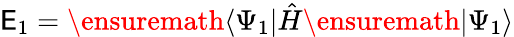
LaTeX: \mathsf{E}_{1}=\ensuremath{{\langle\Psi_{1}\vert}}\hat{{H}}\ensuremath{{\vert\Psi_{1}\rangle}}